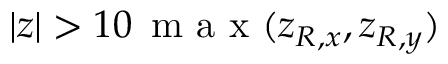
| z | > 1 0 \, \mathrm { ~ m ~ a ~ x ~ } ( z _ { R , x } , z _ { R , y } )